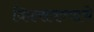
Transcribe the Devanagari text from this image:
विकसवण्याचे